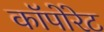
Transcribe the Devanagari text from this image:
कॉपोरेट